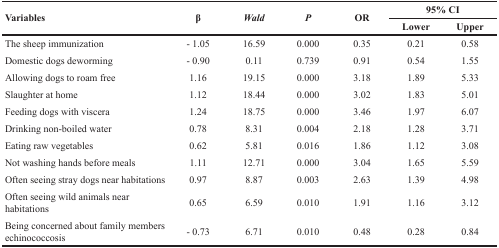
| <ROWSPAN=2> Variables | <ROWSPAN=2> β | <ROWSPAN=2> Wald | <ROWSPAN=2> P | <ROWSPAN=2> OR | <COLSPAN=2> 95% CI |
 | Lower | Upper |
 | --- | --- | --- | --- | --- | --- | --- |
 | The sheep immunization | -1.05 | 16.59 | 0.000 | 0.35 | 0.21 | 0.58 |
 | Domestic dogs deworming | -0.90 | 0.11 | 0.739 | 0.91 | 0.54 | 1.55 |
 | Allowing dogs to roam free | 1.16 | 19.15 | 0.000 | 3.18 | 1.89 | 5.33 |
 | Slaughter at home | 1.12 | 18.44 | 0.000 | 3.02 | 1.83 | 5.01 |
 | Feeding dogs with viscera | 1.24 | 18.75 | 0.000 | 3.46 | 1.97 | 6.07 |
 | Drinking non-boiled water | 0.78 | 8.31 | 0.004 | 2.18 | 1.28 | 3.71 |
 | Eating raw vegetables | 0.62 | 5.81 | 0.016 | 1.86 | 1.12 | 3.08 |
 | Not washing hands before meals | 1.11 | 12.71 | 0.000 | 3.04 | 1.65 | 5.59 |
 | Often seeing stray dogs near habitations | 0.97 | 8.87 | 0.003 | 2.63 | 1.39 | 4.98 |
 | Often seeing wild animals near habitations | 0.65 | 6.59 | 0.010 | 1.91 | 1.16 | 3.12 |
 | Being concerned about family members echinococcosis | -0.73 | 6.71 | 0.010 | 0.48 | 0.28 | 0.84 |